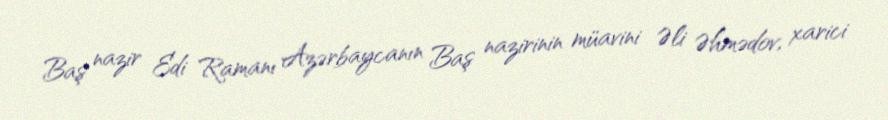
Baş nazir Edi Ramanı Azərbaycanın Baş nazirinin müavini Əli Əhmədov, xarici